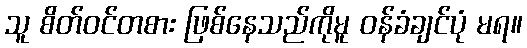
သူ စိတ်ဝင်တစား ဖြစ်နေသည်ကိုမူ ဝန်ခံချင်ပုံ မရ။